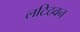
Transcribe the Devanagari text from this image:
लटिठवन